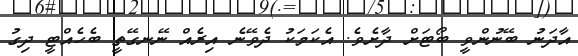
އާދަނު ބޭނުންވީ ބޯޓަށް ދާށެވެ. އެކަމަކު ދެވޭނެ އިރެއް ނޭނގޭތީ ބެހެއްޓީ ދިގު